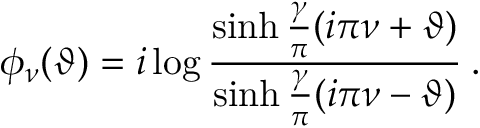
\phi _ { \nu } ( \vartheta ) = i \log \frac { \sinh \frac { \gamma } { \pi } ( i \pi \nu + \vartheta ) } { \sinh \frac { \gamma } { \pi } ( i \pi \nu - \vartheta ) } \: .